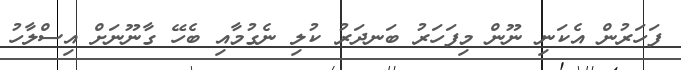
ފަހަރުން އެކަނި ނޫން މިފަހަރު ބަނދަރު ކުލި ނެގުމާއި ބެހޭ ގާނޫނަށް އިސްލާހު